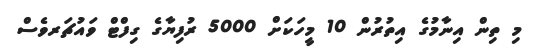
މި ތިން އިނާމުގެ އިތުރުން 10 މީހަކަށް 5000 ރުފިޔާގެ ގިފްޓް ވައުޗަރވެސް